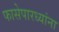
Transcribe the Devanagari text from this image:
फासेपारध्यांना